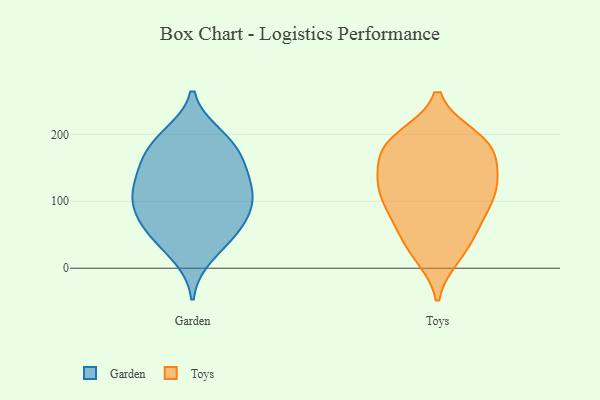
{"axis": {"x": "Production Output", "y": "Value"}, "legend": ["Garden", "Toys"], "data": [{"x": "", "y": 18, "type": "Garden"}, {"x": "", "y": 146, "type": "Garden"}, {"x": "", "y": 177, "type": "Garden"}, {"x": "", "y": 180, "type": "Garden"}, {"x": "", "y": 125, "type": "Garden"}, {"x": "", "y": 199, "type": "Garden"}, {"x": "", "y": 58, "type": "Garden"}, {"x": "", "y": 92, "type": "Garden"}, {"x": "", "y": 92, "type": "Garden"}, {"x": "", "y": 154, "type": "Garden"}, {"x": "", "y": 196, "type": "Garden"}, {"x": "", "y": 56, "type": "Garden"}, {"x": "", "y": 145, "type": "Garden"}, {"x": "", "y": 102, "type": "Garden"}, {"x": "", "y": 103, "type": "Garden"}, {"x": "", "y": 115, "type": "Garden"}, {"x": "", "y": 40, "type": "Garden"}, {"x": "", "y": 66, "type": "Garden"}, {"x": "", "y": 75, "type": "Toys"}, {"x": "", "y": 126, "type": "Toys"}, {"x": "", "y": 135, "type": "Toys"}, {"x": "", "y": 79, "type": "Toys"}, {"x": "", "y": 19, "type": "Toys"}, {"x": "", "y": 120, "type": "Toys"}, {"x": "", "y": 112, "type": "Toys"}, {"x": "", "y": 62, "type": "Toys"}, {"x": "", "y": 38, "type": "Toys"}, {"x": "", "y": 120, "type": "Toys"}, {"x": "", "y": 170, "type": "Toys"}, {"x": "", "y": 23, "type": "Toys"}, {"x": "", "y": 195, "type": "Toys"}, {"x": "", "y": 130, "type": "Toys"}, {"x": "", "y": 167, "type": "Toys"}, {"x": "", "y": 183, "type": "Toys"}, {"x": "", "y": 189, "type": "Toys"}, {"x": "", "y": 196, "type": "Toys"}, {"x": "", "y": 179, "type": "Toys"}, {"x": "", "y": 88, "type": "Toys"}]}